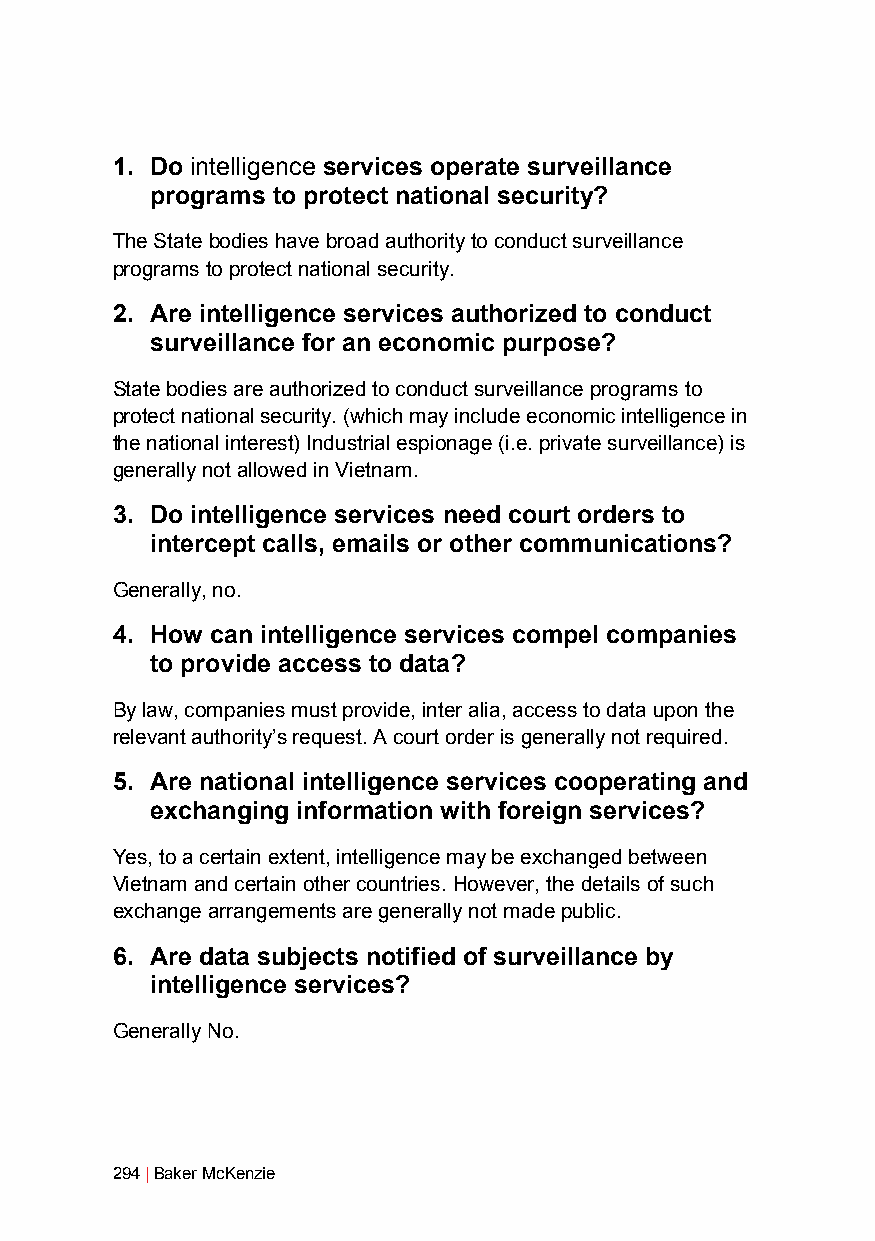
1. Do intelligence services operate surveillance
 programs to protect national security?
 The State bodies have broad authority to conduct surveillance
 programs to protect national security.
 2. Are intelligence services authorized to conduct
 surveillance for an economic purpose?
 State bodies are authorized to conduct surveillance programs to
 protect national security. (which may include economic intelligence in
 the national interest) Industrial espionage (i.e. private surveillance) is
 generally not allowed in Vietnam.
 3. Do intelligence services need court orders to
 intercept calls, emails or other communications?
 Generally, no.
 4. How can intelligence services compel companies
 to provide access to data?
 By law, companies must provide, inter alia, access to data upon the
 relevant authority’s request. A court order is generally not required.
 5. Are national intelligence services cooperating and
 exchanging information with foreign services?
 Yes, to a certain extent, intelligence may be exchanged between
 Vietnam and certain other countries. However, the details of such
 exchange arrangements are generally not made public.
 6. Are data subjects notified of surveillance by
 intelligence services?
 Generally No.
 294 | Baker McKenzie